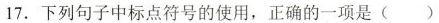
17. 下列句子中标点符号的使用，正确的一项是 ( )